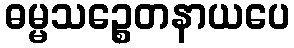
ဓမ္မသဉ္စေတနာယပေ